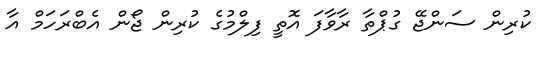
ކުރިން ސަންޖޭ ގުޕްތާ ރާވާފަ އޮތީ ފިލްމުގެ ކުރިން ޖޯން އެބްރަހަމް އާ